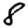
Digit: 8